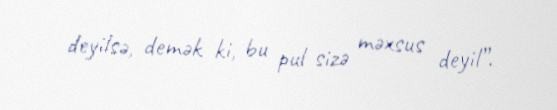
deyilsə, demək ki, bu pul sizə məxsus deyil”.